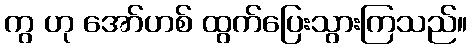
ကွ ဟု အော်ဟစ် ထွက်ပြေးသွားကြသည်။